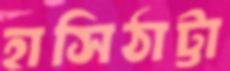
হাসিঠাট্টা